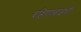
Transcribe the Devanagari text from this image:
बहिणाबाईची